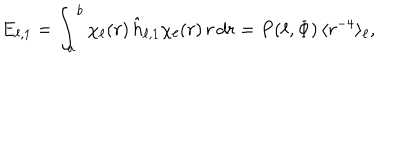
E _ { \ell , 1 } = \int _ { a } ^ { b } \chi _ { \ell } ( r ) \, \hat { h } _ { \ell , 1 } \chi _ { \ell } ( r ) \, r \, d r = P ( \ell , \Phi ) \, \langle r ^ { - 4 } \rangle _ { \ell } ,